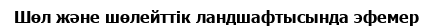
Шөл және шөлейттік ландшафтысында эфемер